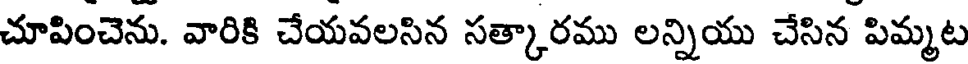
చూపించెను. వారికి చేయవలసిన సత్కారము లన్నియు చేసిన పిమ్మట